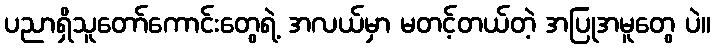
ပညာရှိသူတော်ကောင်းတွေရဲ့ အလယ်မှာ မတင့်တယ်တဲ့ အပြုအမူတွေ ပဲ။